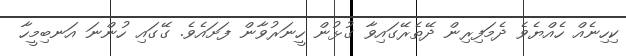
ކިހިނެއް ހެއްޔެވެ ދެމަފިރިން ދޭތެރޭގައިވާ ގުޅުން ހީނަރުވާން ފަށައެވެ. ގޭގައި ހުންނަ އަނބިމީހާ